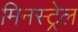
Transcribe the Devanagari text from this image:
मिनस्ट्रेल